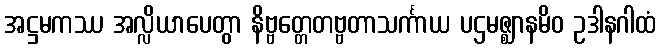
အဋ္ဌမကဿ အလ္လိယာပေတွာ နိဗ္ဗတ္တေတဗ္ဗတာသင်္ကာယ ပဌမဇ္ဈာနမိဝ ဥဒါနဂါထံ